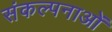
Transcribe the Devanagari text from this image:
संकल्‍पनाओं